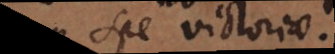
cum spe victoriae